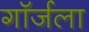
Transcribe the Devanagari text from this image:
गॉर्जला